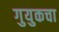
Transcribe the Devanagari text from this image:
गुयुकचा